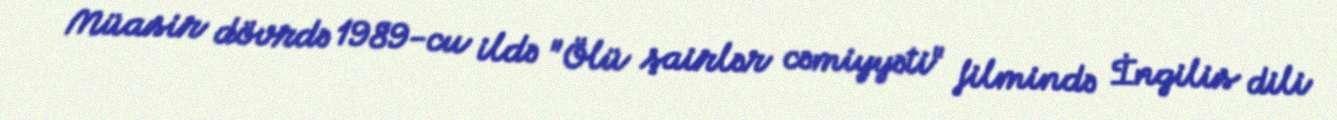
Müasir dövrdə 1989-cu ildə "Ölü şairlər cəmiyyəti" filmində İngilis dili